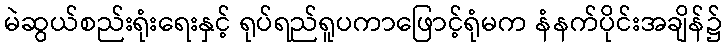
မဲဆွယ်စည်းရုံးရေးနှင့် ရုပ်ရည်ရူပကာဖြောင့်ရုံမက နံနက်ပိုင်းအချိန်၌